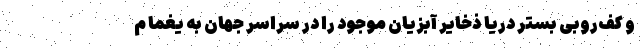
و کف‌روبی بستر دریا ذخایر آبزیان موجود را در سراسر جهان به یغما م